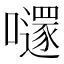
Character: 𡃱